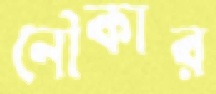
নৌকার